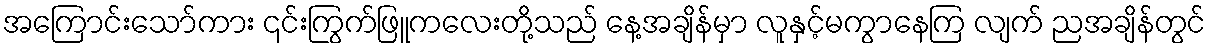
အကြောင်းသော်ကား ၎င်းကြွက်ဖြူကလေးတို့သည် နေ့အချိန်မှာ လူနှင့်မကွာနေကြ လျက် ညအချိန်တွင်